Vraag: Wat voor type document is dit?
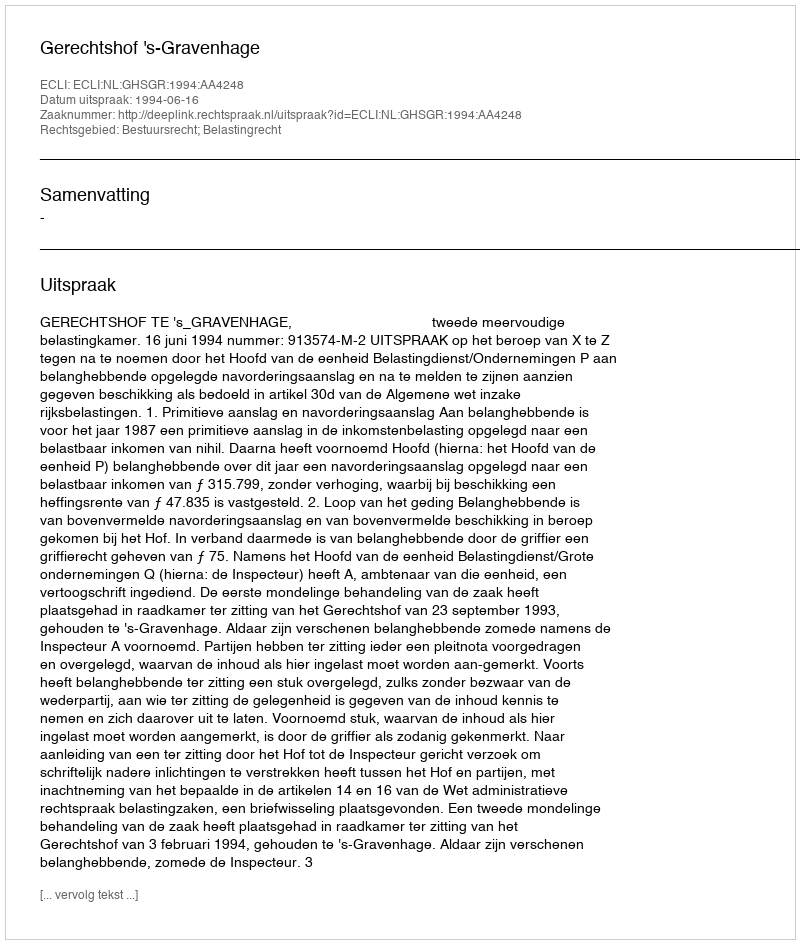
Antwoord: Uitspraak